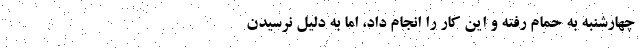
چهارشنبه به حمام رفته و این کار را انجام داد، اما به دلیل نرسیدن